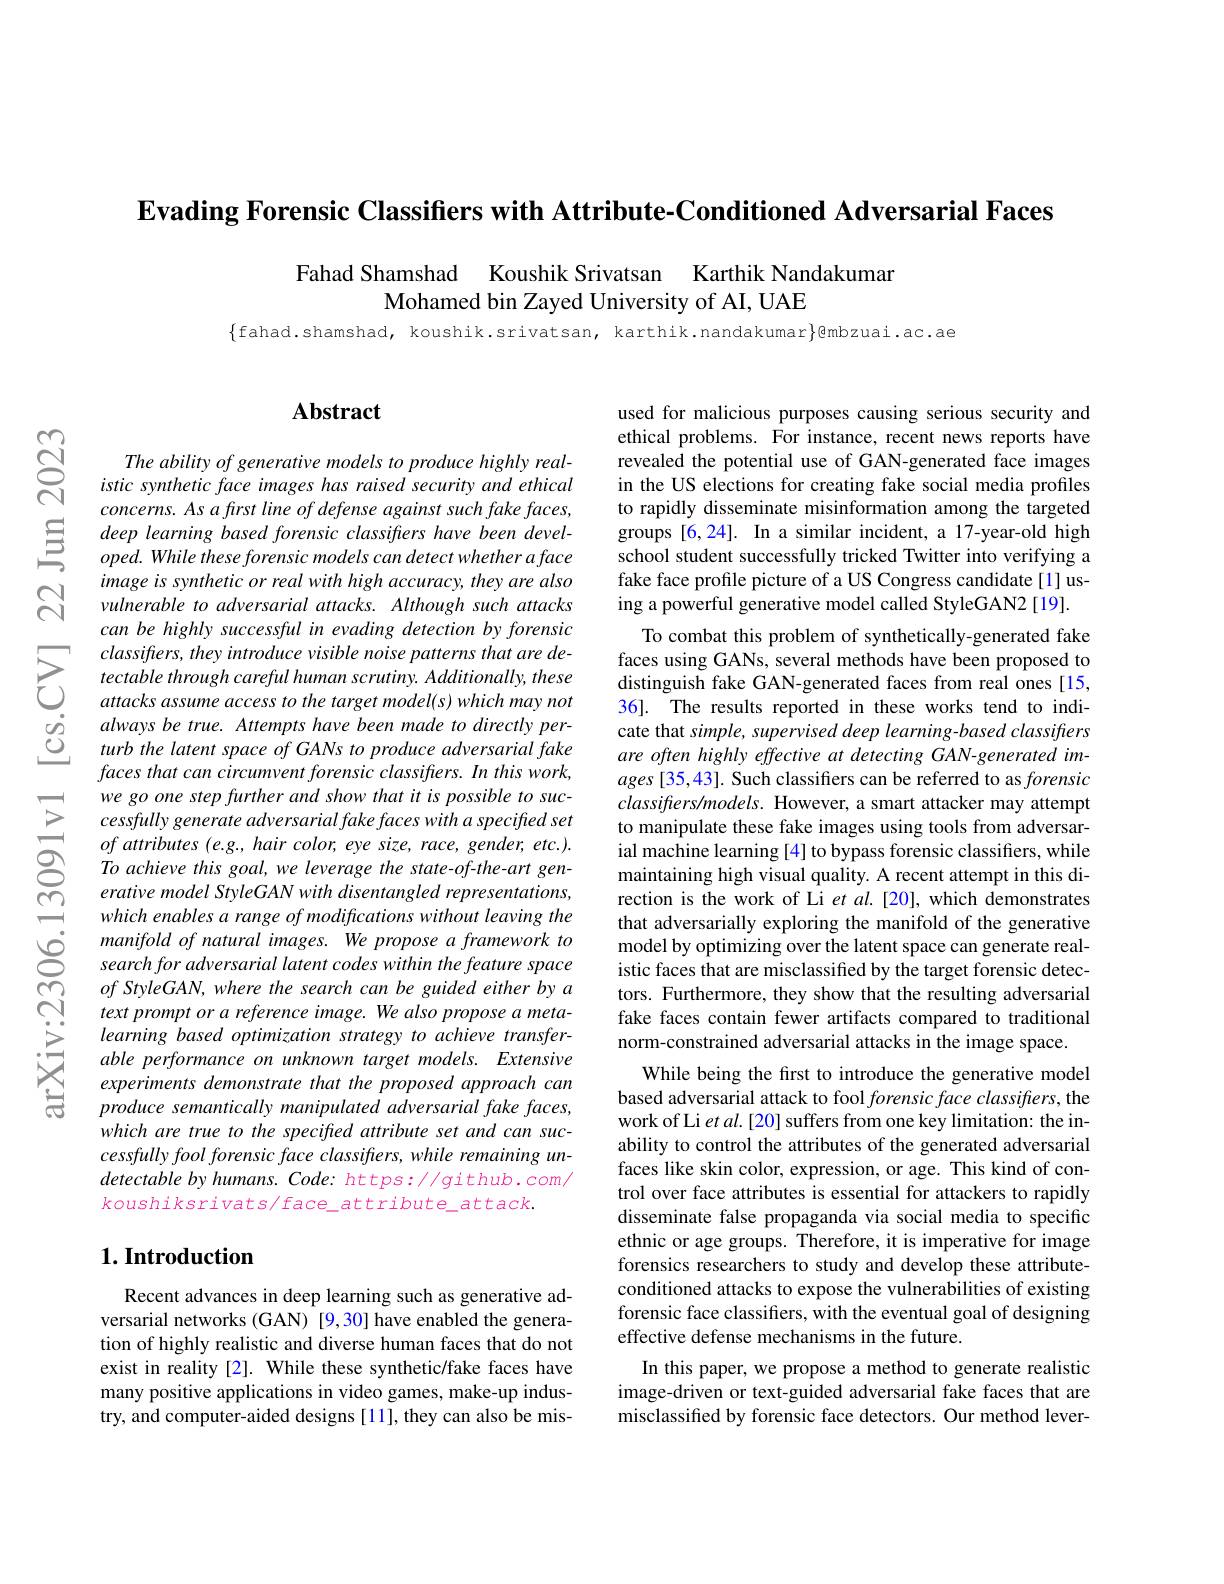
Evading Forensic Classifiers with Attribute-Conditioned Adversarial Faces

Fahad Shamshad Koushik Srivatsan Karthik Nandakumar
Mohamed bin Zayed University of AI, UAE

$\{$fahad.shamshad, koushik.srivatsan, karthik.nandakumar$\}$@mbzuai.ac.ae

$ଝୁ$

### $\mathbf{Abstract}$

The ability of generative models to produce highly realistic synthetic face images has raised security and ethical $concerns.Asafirstlineofdefenseagainstsuchfakefaces$,
$\Xi$ deep learning based forensic classifters have been $devel- \rho ped.$ While these forensic models can detect whether $a$ face
image is synthetic or real with high accuracy, they are also vulnerable to adversarial attacks. Although such attacks can be highly successful in evading detection by forensic $classiflers, they introduce visible noise patterns that are de-$ tectable through careful human scrutiny. Additionally, these attacks assume access to the target model(s) which may not always be true. Attempts have been made to directly perturb the latent space of GANs to produce adversarial fake faces that can circumvent forensic $classifiers.$ $In$ this $work$, we go one step further and show that it is possible to successfully generate adversarial fake faces with a specifted set $ofattributes(e.g.,haircolor,eyesize,race,gender,etc.).$ To achieve this goal, we leverage the state-of-the-art generative model StyleGAN with disentangled representations, which enables a range of modifications without leaving the manifold of natural images. We propose a framework to search for adversarial latent codes within the feature space $of\textit{StyleGAN, where the search can be guided either by a}$ text prompt or a reference image. We also propose a metalearning based optimization strategy to achieve transferable performance on unknown target models. Extensive experiments demonstrate that the proposed approach can produce semantically manipulated adversarial fake faces, which are true to the specified attribute set and can successfully fool forensic face classifiers, while remaining undetectable by humans. Code: https://github.com/ koushiksrivats/face_attribute_attack.

# 1. Introduction

Recent advances in deep learning such as generative adversarial networks (GAN) [9,30] have enabled the generation of highly realistic and diverse human faces that do not exist in reality[2]. While these synthetic/fake faces have many positive applications in video games, make-up industry, and computer-aided designs [11], they can also be mis-

used for malicious purposes causing serious security and ethical problems. For instance, recent news reports have revealed the potential use of GAN-generated face images in the US elections for creating fake social media profiles to rapidly disseminate misinformation among the targeted groups [6,24]. In a similar incident, a 17-year-old high school student successfully tricked Twitter into verifying a fake face profile picture of a US Congress candidate[1] using a powerful generative model called StyleGAN2 [19].
To combat this problem of synthetically-generated fake faces using GANs, several methods have been proposed to distinguish fake GAN-generated faces from real ones[15, 36]. The results reported in these works tend to indicate that simple, supervised deep learning-based classifiers are often highly effective at detecting GAN-generated im- $ages[35,43].$ Such classifiers can be referred to as forensic $classifers/models.$ However, a smart attacker may attempt to manipulate these fake images using tools from adversarial machine learning [4] to bypass forensic classifiers, while maintaining high visual quality. A recent attempt in this direction is the work of Li et al.[20], which demonstrates that adversarially exploring the manifold of the generative model by optimizing over the latent space can generate realistic faces that are misclassified by the target forensic detectors. Furthermore, they show that the resulting adversarial fake faces contain fewer artifacts compared to traditional norm-constrained adversarial attacks in the image space.
While being the first to introduce the generative model based adversarial attack to fool forensic face classifiers, the work of Li et $al.[20]$ suffers from one key limitation: the inability to control the attributes of the generated adversarial faces like skin color, expression, or age. This kind of control over face attributes is essential for attackers to rapidly disseminate false propaganda via social media to specific ethnic or age groups. Therefore, it is imperative for image forensics researchers to study and develop these attributeconditioned attacks to expose the vulnerabilities of existing forensic face classifiers, with the eventual goal of designing effective defense mechanisms in the future.
In this paper, we propose a method to generate realistic image-driven or text-guided adversarial fake faces that are misclassified by forensic face detectors. Our method lever-